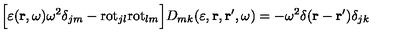
\Bigl [ \varepsilon ( { \bf r } , \omega ) \omega ^ { 2 } \delta _ { j m } - \mathrm { r o t } _ { j l } \mathrm { r o t } _ { l m } \Bigr ] D _ { m k } ( \varepsilon , { \bf r } , { \bf r } ^ { \prime } , \omega ) = - \omega ^ { 2 } \delta ( { \bf r } - { \bf r } ^ { \prime } ) \delta _ { j k }